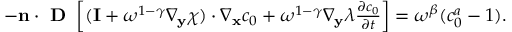
\begin{array} { r l } & { - \mathbf n \cdot \textbf { D } \left[ ( \mathbf I + \omega ^ { 1 - \gamma } \nabla _ { \mathbf y } \boldsymbol \chi ) \cdot \nabla _ { \mathbf x } c _ { 0 } + \omega ^ { 1 - \gamma } \nabla _ { \mathbf y } \lambda \frac { \partial c _ { 0 } } { \partial t } \right] = \omega ^ { \beta } ( c _ { 0 } ^ { a } - 1 ) . } \end{array}